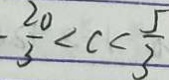
- \frac { 2 0 } { 3 } < c < \frac { 5 } { 3 }